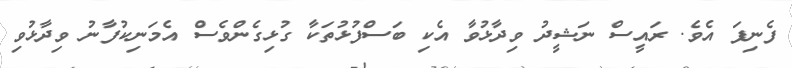
ފެނިފަ އެވެ. ރައީސް ނަޝީދު ވިދާޅުވާ އެކި ބަސްފުޅުތަކާ ގުޅިގެންވެސް އެމަނިކުފާނު ވިދާޅުވި